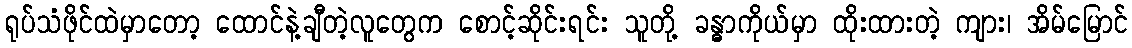
ရုပ်သံဖိုင်ထဲမှာတော့ ထောင်နဲ့ချီတဲ့လူတွေက စောင့်ဆိုင်းရင်း သူတို့ ခန္ဓာကိုယ်မှာ ထိုးထားတဲ့ ကျား၊ အိမ်မြောင်